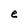
Character: e